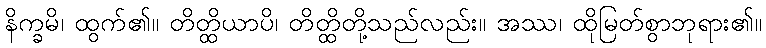
နိက္ခမိ၊ ထွက်၏။ တိတ္ထိယာပိ၊ တိတ္ထိတို့သည်လည်း။ အဿ၊ ထိုမြတ်စွာဘုရား၏။